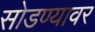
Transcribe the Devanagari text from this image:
सोडण्यावर